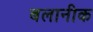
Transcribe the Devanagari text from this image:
बलानीक